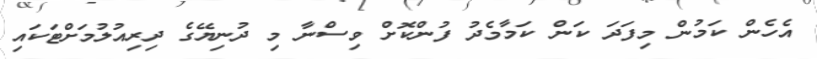
އެހެން ކަމުން މިފަދަ ކަން ކަމާމެދު ފުންކޮށް ވިސްނާ މި ދުނިޔޭގެ ދިރިއުލުމަށްޓަކައި